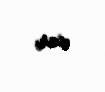
var.